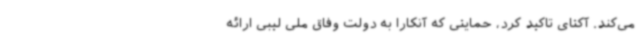
می‌کند. آکتای تاکید کرد، حمایتی که آنکارا به دولت وفاق ملی لیبی ارائه